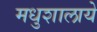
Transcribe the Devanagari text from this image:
मधुशालाये